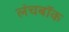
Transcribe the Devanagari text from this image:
लंचबॉक